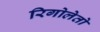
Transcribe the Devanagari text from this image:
रिगोलेतो